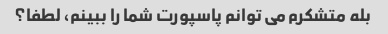
بله متشکرم می توانم پاسپورت شما را ببینم، لطفا؟